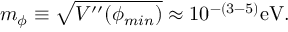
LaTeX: m _ { \phi } \equiv \sqrt { V ^ { \prime \prime } ( \phi _ { m i n } ) } \approx 1 0 ^ { - ( 3 - 5 ) } \mathrm { e V } .